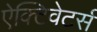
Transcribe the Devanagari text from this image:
ऐक्टिवेटर्स